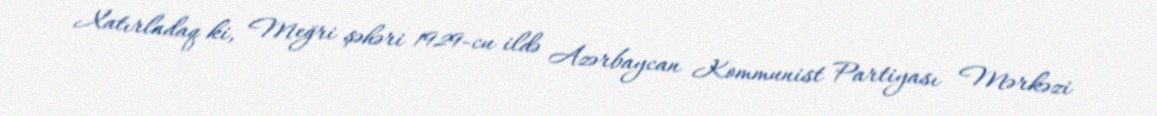
Xatırladaq ki, Meğri şəhəri 1929-cu ildə Azərbaycan Kommunist Partiyası Mərkəzi